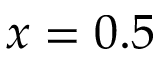
x = 0 . 5